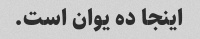
اینجا ده یوان است.